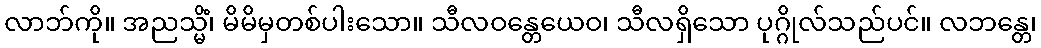
လာဘ်ကို။ အညသ္မိံ၊ မိမိမှတစ်ပါးသော။ သီလဝန္တေယေဝ၊ သီလရှိသော ပုဂ္ဂိုလ်သည်ပင်။ လဘန္တေ၊